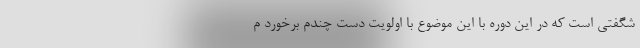
شگفتی است که در این دوره با این موضوع با اولویت دست چندم برخورد م